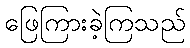
ဖြေကြားခဲ့ကြသည်